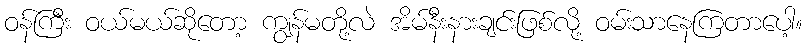
ဝန်ကြီး ဝယ်မယ်ဆိုတော့ ကျွန်မတို့လဲ အိမ်နီးနားချင်းဖြစ်လို့ ဝမ်းသာနေကြတာပေါ့။